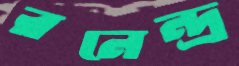
রনেন্দ্র